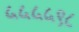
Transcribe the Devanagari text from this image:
५५५५९८